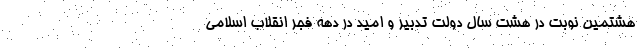
هشتمین نوبت در هشت سال دولت تدبیر و امید در دهه فجر انقلاب اسلامی